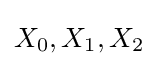
X_{0},X_{1},X_{2}